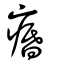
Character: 痻